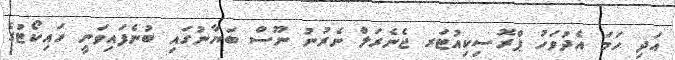
އަދި ހަމަ އެދުވަހު ޕްރޮސިކިއުޓަރ ޖެނެރަލް ނެރުނު ނޫސް ބަޔާނުގައި ބުނެފައިވަނީ ހައިކޯޓުގެ